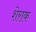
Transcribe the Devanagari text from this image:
शेराक